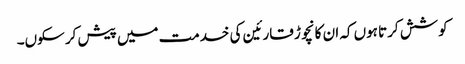
کوشش کرتا ہوں کہ ان کا نچوڑ قارئین کی خدمت میں پیش کر سکوں۔